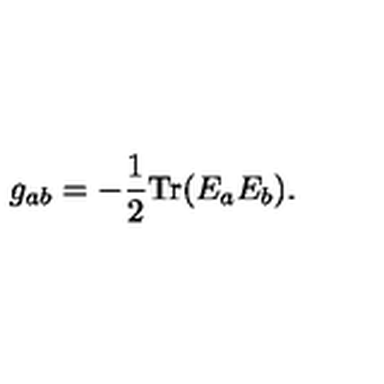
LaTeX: g _ { a b } = - { \frac { 1 } { 2 } } \mathrm { T r } ( E _ { a } E _ { b } ) .